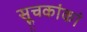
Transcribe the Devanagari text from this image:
सूचकांकां